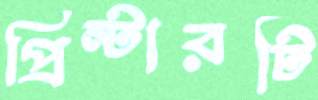
প্রিন্টারটি